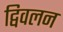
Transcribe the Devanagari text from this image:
द्विवलन